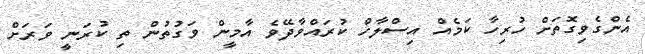
އެންގެވިގޮތަށް ހުރިހާ ކަމެއް އިސްލާހް ކުރައްވާދޭވެ އާމީން ވަގުތުން ތި ކުރަނީ ވަރަށް